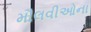
મૌલવીઓના